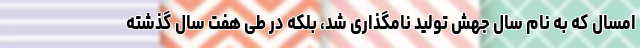
امسال که به نام سال جهش تولید نامگذاری شد، بلکه در طی هفت سال گذشته